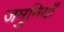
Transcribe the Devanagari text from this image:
जमुनियाँ